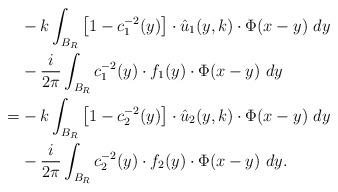
LaTeX: \begin{align*}&-k\int_{B_R}\left[1-c_1^{-2}(y)\right]\cdot \hat{u}_1(y, k)\cdot\Phi(x-y)\ dy\\& -\frac{i}{2\pi}\int_{B_R} c_1^{-2}(y)\cdot f_1(y)\cdot \Phi(x-y)\ dy\\=&-k\int_{B_R}\left[1-c_2^{-2}(y)\right]\cdot \hat{u}_2(y, k)\cdot\Phi(x-y)\ dy\\& -\frac{i}{2\pi}\int_{B_R} c_2^{-2}(y)\cdot f_2(y)\cdot \Phi(x-y)\ dy.\end{align*}